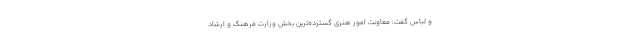
و لباس گفت: معاونت امور هنری گسترده‌ترین بخش وزارت فرهنگ و ارشاد